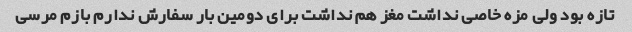
تازه بود ولی مزه خاصی نداشت مغز هم نداشت برای دومین بار سفارش ندارم بازم مرسی